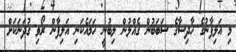
މި އަލިފާނުގެ ހާދިސާގެ ސަބަބުން ގެއްލުން ލިބުނީ ހަމައެކަނި އަލިފާން ރޯވި ގުދަނަކަށް